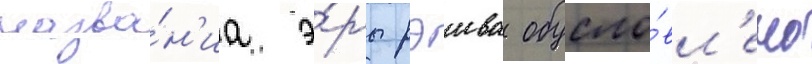
назва́н'иа э́ры рэива обусло́вл'ено